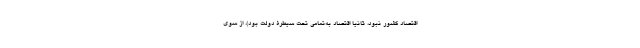
اقتصاد کشور نبود، ثانیا اقتصاد به‌تمامی تحت سیطرۀ دولت بود). از سوی